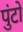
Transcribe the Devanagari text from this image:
पुंटो